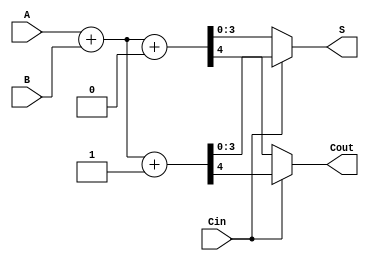
module Carry_Select_Adder_4bit (
    input  [3:0] A,        // 4-bit input A
    input  [3:0] B,        // 4-bit input B
    input        Cin,      // Carry In
    output [3:0] S,        // 4-bit Sum output
    output       Cout      // Carry Out
);

    // Internal wires for the results assuming carry-in = 0
    wire [3:0] S0; // Sum when Cin = 0
    wire C0;      // Carry Out when Cin = 0

    // Internal wires for the results assuming carry-in = 1
    wire [3:0] S1; // Sum when Cin = 1
    wire C1;      // Carry Out when Cin = 1

    // Full adder computations for the first case (Cin = 0)
    assign {C0, S0} = A + B + 1'b0; // A + B + 0

    // Full adder computations for the second case (Cin = 1)
    assign {C1, S1} = A + B + 1'b1; // A + B + 1

    // Multiplexer to select the correct sum and carry-out based on Cin
    assign S = Cin ? S1 : S0;       // Select sum
    assign Cout = Cin ? C1 : C0;    // Select carry-out

endmodule